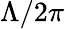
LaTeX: \Lambda/2\pi